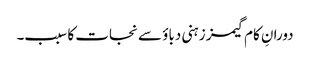
دورانِ کام گیمز زہنی دباؤ سے نجات کا سبب۔